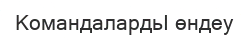
КомандалардьӀ өндеу